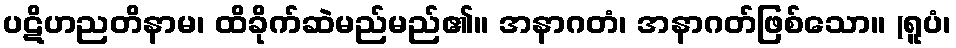
ပဋိဟညတိနာမ၊ ထိခိုက်ဆဲမည်မည်၏။ အနာဂတံ၊ အနာဂတ်ဖြစ်သော။ (ရူပံ၊